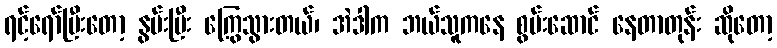
ရင့်ရော်ပြီးတော့ နွမ်းပြီး ကြွေသွားတယ်၊ အဲဒါက ဘယ်သူကနေ စွမ်းဆောင် နေတာတုန်း ဆိုတော့